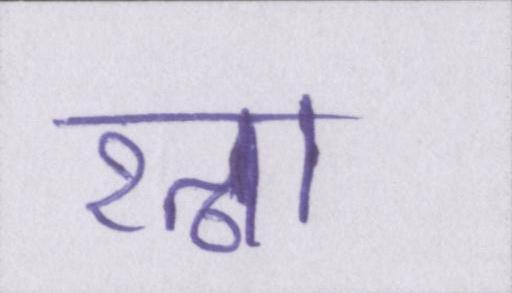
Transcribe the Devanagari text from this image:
रत्ना